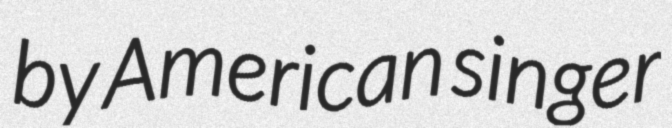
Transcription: by American singer